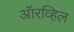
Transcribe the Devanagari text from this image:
ऑरव्हिल